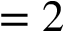
= 2